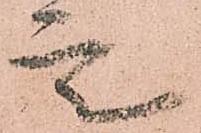
是